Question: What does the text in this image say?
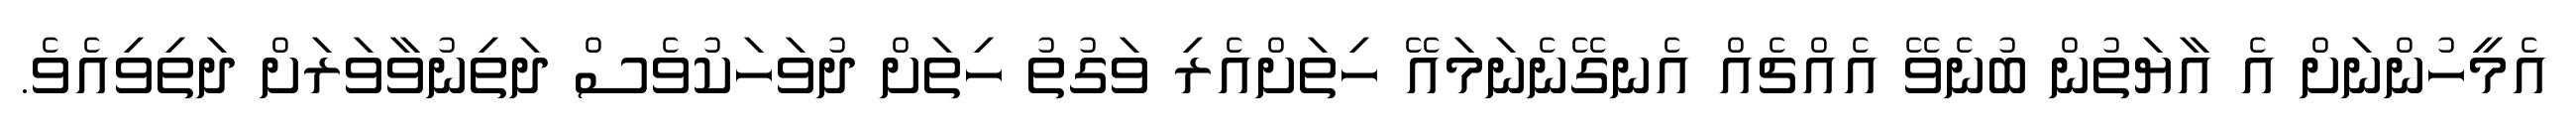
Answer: އެމީހުންނަށް އެ އާޔަތުން ބުނެވޭ އެއްޗެއް އެނގޭނެނަމައޭ ހިތަށްއެރި ވަގުތު ހިތަށް ދުވަހަކުވެސް ދަތިނުވާވަރަށް ދަތިވިއެވެ.